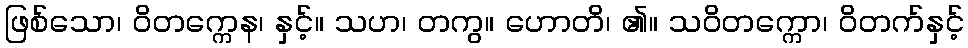
ဖြစ်သော၊ ဝိတက္ကေန၊ နှင့်။ သဟ၊ တကွ။ ဟောတိ၊ ၏။ သဝိတက္ကော၊ ဝိတက်နှင့်